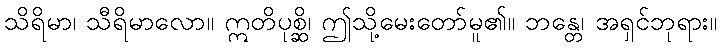
သိရိမာ၊ သီရိမာလော။ ဣတိပုစ္ဆိ၊ ဤသို့မေးတော်မူ၏။ ဘန္တေ၊ အရှင်ဘုရား။